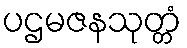
ပဌမဇနသုတ္တံ